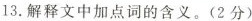
13.解释文中加点词的含义。(2分)